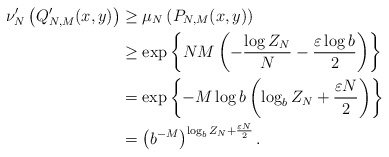
\begin{align*} \nu^\prime_N\left(Q^\prime_{N,M}(x,y)\right) & \geq \mu_N\left(P_{N,M}(x,y)\right) \\ &\geq \exp\left\{NM\left(- \frac{\log Z_N}{N} - \frac{\varepsilon\log b}{2}\right)\right\} \\ &= \exp\left\{-M\log b \left(\log_b Z_N + \frac{\varepsilon N}{2}\right)\right\} \\ & = \left(b^{-M}\right)^{\log_b Z_N + \frac{\varepsilon N}{2}}.\end{align*}